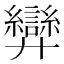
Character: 𢍶